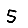
Digit: 5